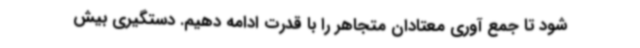
شود تا جمع آوری معتادان متجاهر را با قدرت ادامه دهیم. دستگیری بیش